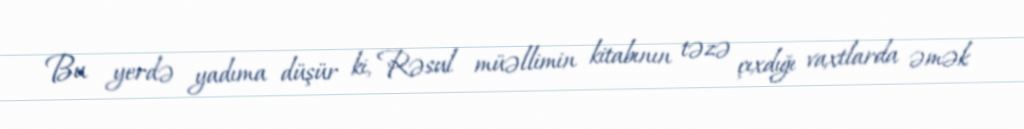
Bu yerdə yadıma düşür ki, Rəsul müəllimin kitabının təzə çıxdığı vaxtlarda əmək